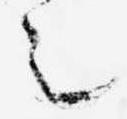
之